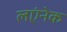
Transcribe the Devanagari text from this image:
लएंनेक